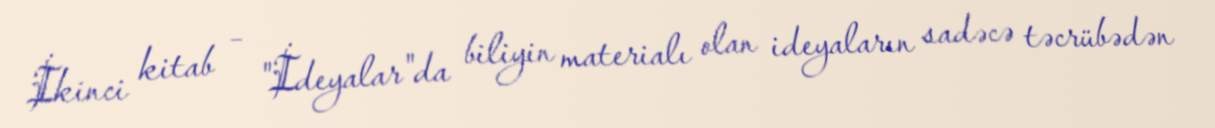
İkinci kitab – "İdeyalar"da biliyin materialı olan ideyaların sadəcə təcrübədən